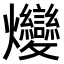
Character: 𤓩